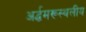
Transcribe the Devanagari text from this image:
अर्द्धमरूस्थलीय